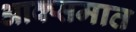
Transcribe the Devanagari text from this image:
आक्समात